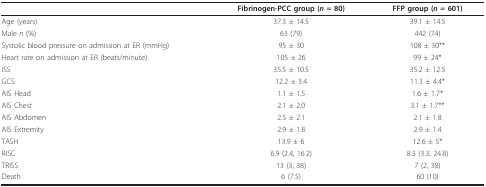
<table><thead><tr><td></td><td><b>Fibrinogen-PCC group (<i>n </i>= 80)</b></td><td><b>FFP group (<i>n </i>= 601)</b></td></tr></thead><tbody><tr><td>Age (years)</td><td>37.3 ± 14.5</td><td>39.1 ± 14.5</td></tr><tr><td>Male <i>n</i> (%)</td><td>63 (79)</td><td>442 (74)</td></tr><tr><td>Systolic blood pressure on admission at ER (mmHg)</td><td>95 ± 30</td><td>108 ± 30**</td></tr><tr><td>Heart rate on admission at ER (beats/minute)</td><td>105 ± 26</td><td>99 ± 24*</td></tr><tr><td>ISS</td><td>35.5 ± 10.5</td><td>35.2 ± 12.5</td></tr><tr><td>GCS</td><td>12.2 ± 3.4</td><td>11.3 ± 4.4*</td></tr><tr><td>AIS Head</td><td>1.1 ± 1.5</td><td>1.6 ± 1.7*</td></tr><tr><td>AIS Chest</td><td>2.1 ± 2.0</td><td>3.1 ± 1.7**</td></tr><tr><td>AIS Abdomen</td><td>2.5 ± 2.1</td><td>2.1 ± 1.8</td></tr><tr><td>AIS Extremity</td><td>2.9 ± 1.8</td><td>2.9 ± 1.4</td></tr><tr><td>TASH</td><td>13.9 ± 6</td><td>12.6 ± 5*</td></tr><tr><td>RISC</td><td>6.9 (2.4, 16.2)</td><td>8.5 (3.3, 24.8)</td></tr><tr><td>TRISS</td><td>13 (3, 38)</td><td>7 (2, 38)</td></tr><tr><td>Death</td><td>6 (7.5)</td><td>60 (10)</td></tr></tbody></table>